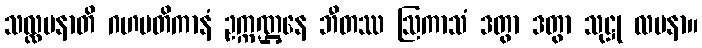
သလ္လပနာတိ ဂဟပတိကာနံ ဥက္ကဏ္ဌနေ ဘီတဿ ဩကာသံ ဒတွာ ဒတွာ သုဋ္ဌု လပနာ။